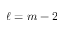
\ell = m - 2